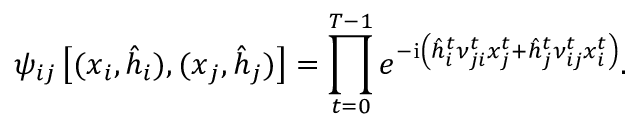
\psi _ { i j } \left[ ( \boldsymbol { x } _ { i } , \hat { \boldsymbol { h } } _ { i } ) , ( \boldsymbol { x } _ { j } , \hat { \boldsymbol { h } } _ { j } ) \right] = \prod _ { t = 0 } ^ { T - 1 } e ^ { - \mathrm { i } \left( \hat { h } _ { i } ^ { t } \nu _ { j i } ^ { t } x _ { j } ^ { t } + \hat { h } _ { j } ^ { t } \nu _ { i j } ^ { t } x _ { i } ^ { t } \right) } .